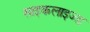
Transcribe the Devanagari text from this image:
साइकलाइज्ड